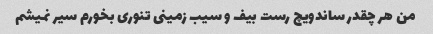
من هر چقدر ساندویچ رست بیف و سیب زمینی تنوری بخورم سیر نمیشم